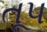
તૂપ